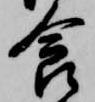
食